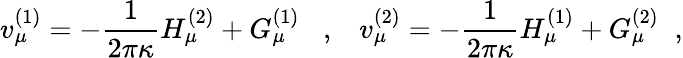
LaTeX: v_{\mu}^{(1)}=-\frac{1}{2\pi\kappa}H_{\mu}^{(2)}+G_{\mu}^{(1)}\; \; \; ,\; \; \; v_{\mu}^{(2)}=-\frac{1}{2\pi\kappa}H_{\mu}^{(1)}+G_{\mu}^{(2)}\; \; ,